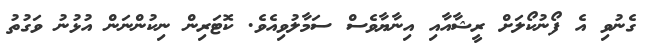
ގެނުވި އެ ފޯނުކޯލަަށް ރީޝާއާާއި އިނާޔާވެސް ސަމާލުވިއެވެ. ކޮޓަރިން ނިކުންނަން އުޅުުނު ވަގުތު